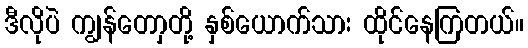
ဒီလိုပဲ ကျွန်တောှတို့ နှစ်ယောက်သား ထိုင်နေကြတယ်။